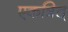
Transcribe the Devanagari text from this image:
एकत्रित्